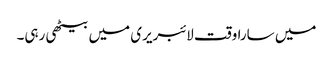
میں سارا وقت لائبریری میں بیٹھی رہی۔